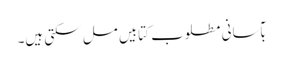
بآسانی مطلوب کتابیں مل سکتی ہیں۔